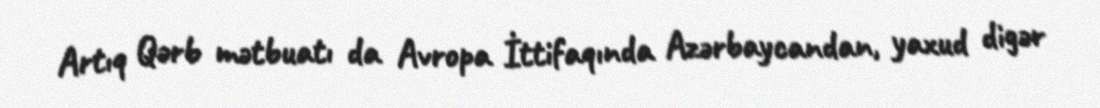
Artıq Qərb mətbuatı da Avropa İttifaqında Azərbaycandan, yaxud digər